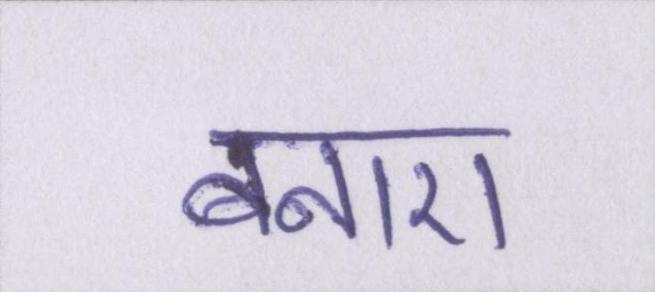
बनाए